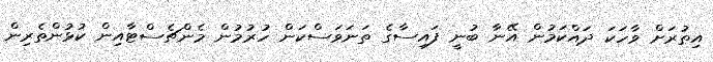
އިތުރަށް ވާހަކަ ދައްކަމުން އޭނާ ބުނީ ފައިސާގެ ތަނަވަސްކަން ހުރުމުން މެންޗެސްޓާއިން ކުޅުންތެރިން